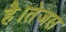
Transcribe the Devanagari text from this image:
है।तेजस